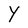
Character: Y